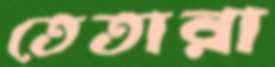
তেতারা